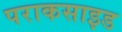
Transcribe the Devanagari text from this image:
पराकसाइड